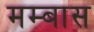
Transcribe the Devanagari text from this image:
मम्बास